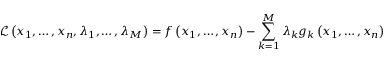
{ \mathcal { L } } \left( x _ { 1 } , \ldots , x _ { n } , \lambda _ { 1 } , \ldots , \lambda _ { M } \right) = f \left( x _ { 1 } , \ldots , x _ { n } \right) - \sum _ { k = 1 } ^ { M } { \lambda _ { k } g _ { k } \left( x _ { 1 } , \ldots , x _ { n } \right) }